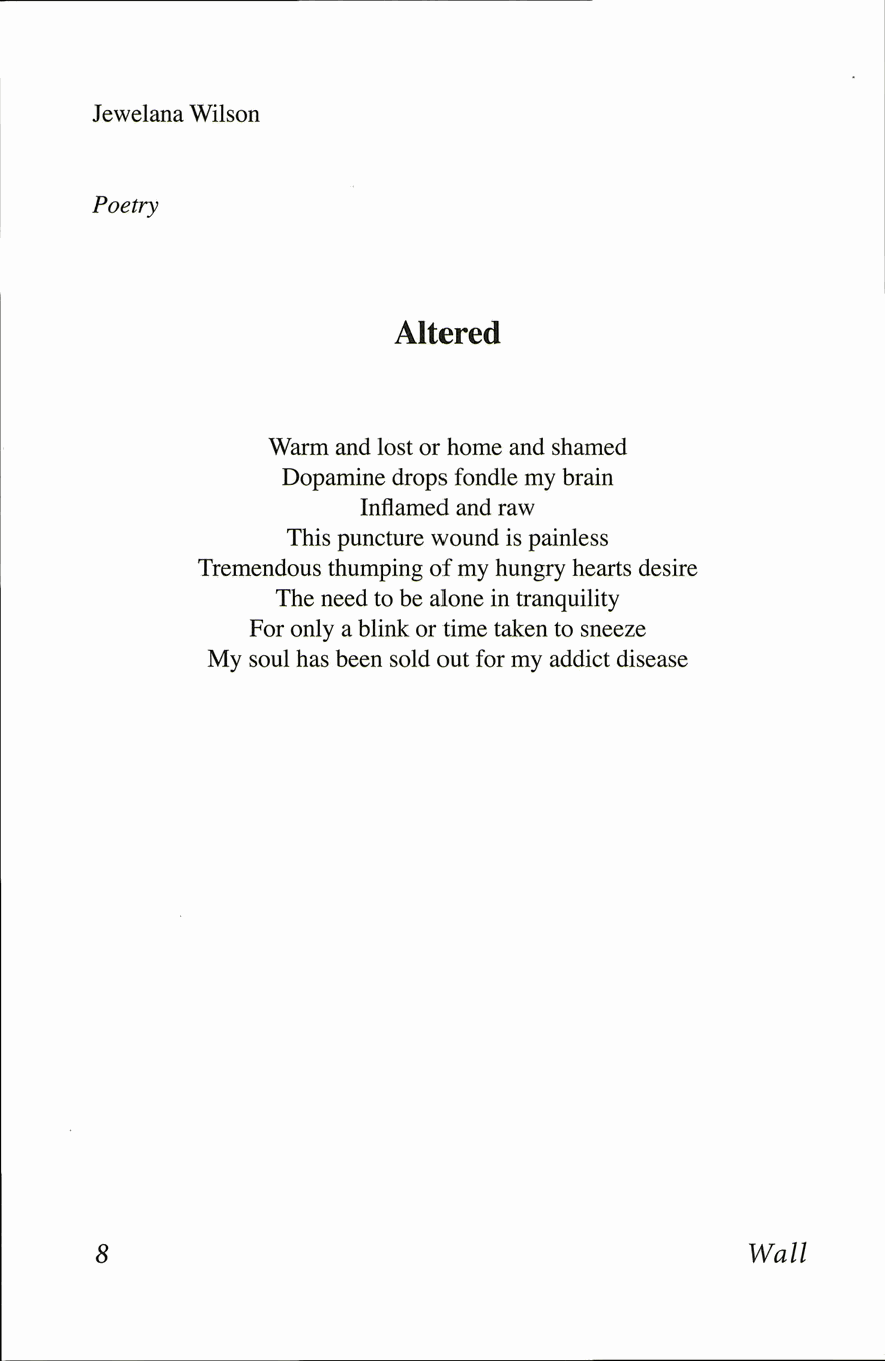
Jewelana Wilson
 Poetry
 Altered
 Warm and lost or home and shamed
 Dopamine drops fondle my brain
 Inflamed and raw
 This puncture wound is painless
 Tremendous thumping of my hungry hearts desire
 The need to be alone in tranquility
 For only a blink or time taken to sneeze
 My soul has been sold out for my addict disease
 8                                          Wall